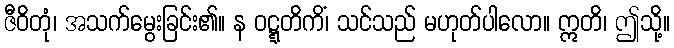
ဇီဝိတုံ၊ အသက်မွေးခြင်း၏။ န ဝဋ္ဋတိကိံ၊ သင်သည် မဟုတ်ပါလော။ ဣတိ၊ ဤသို့။